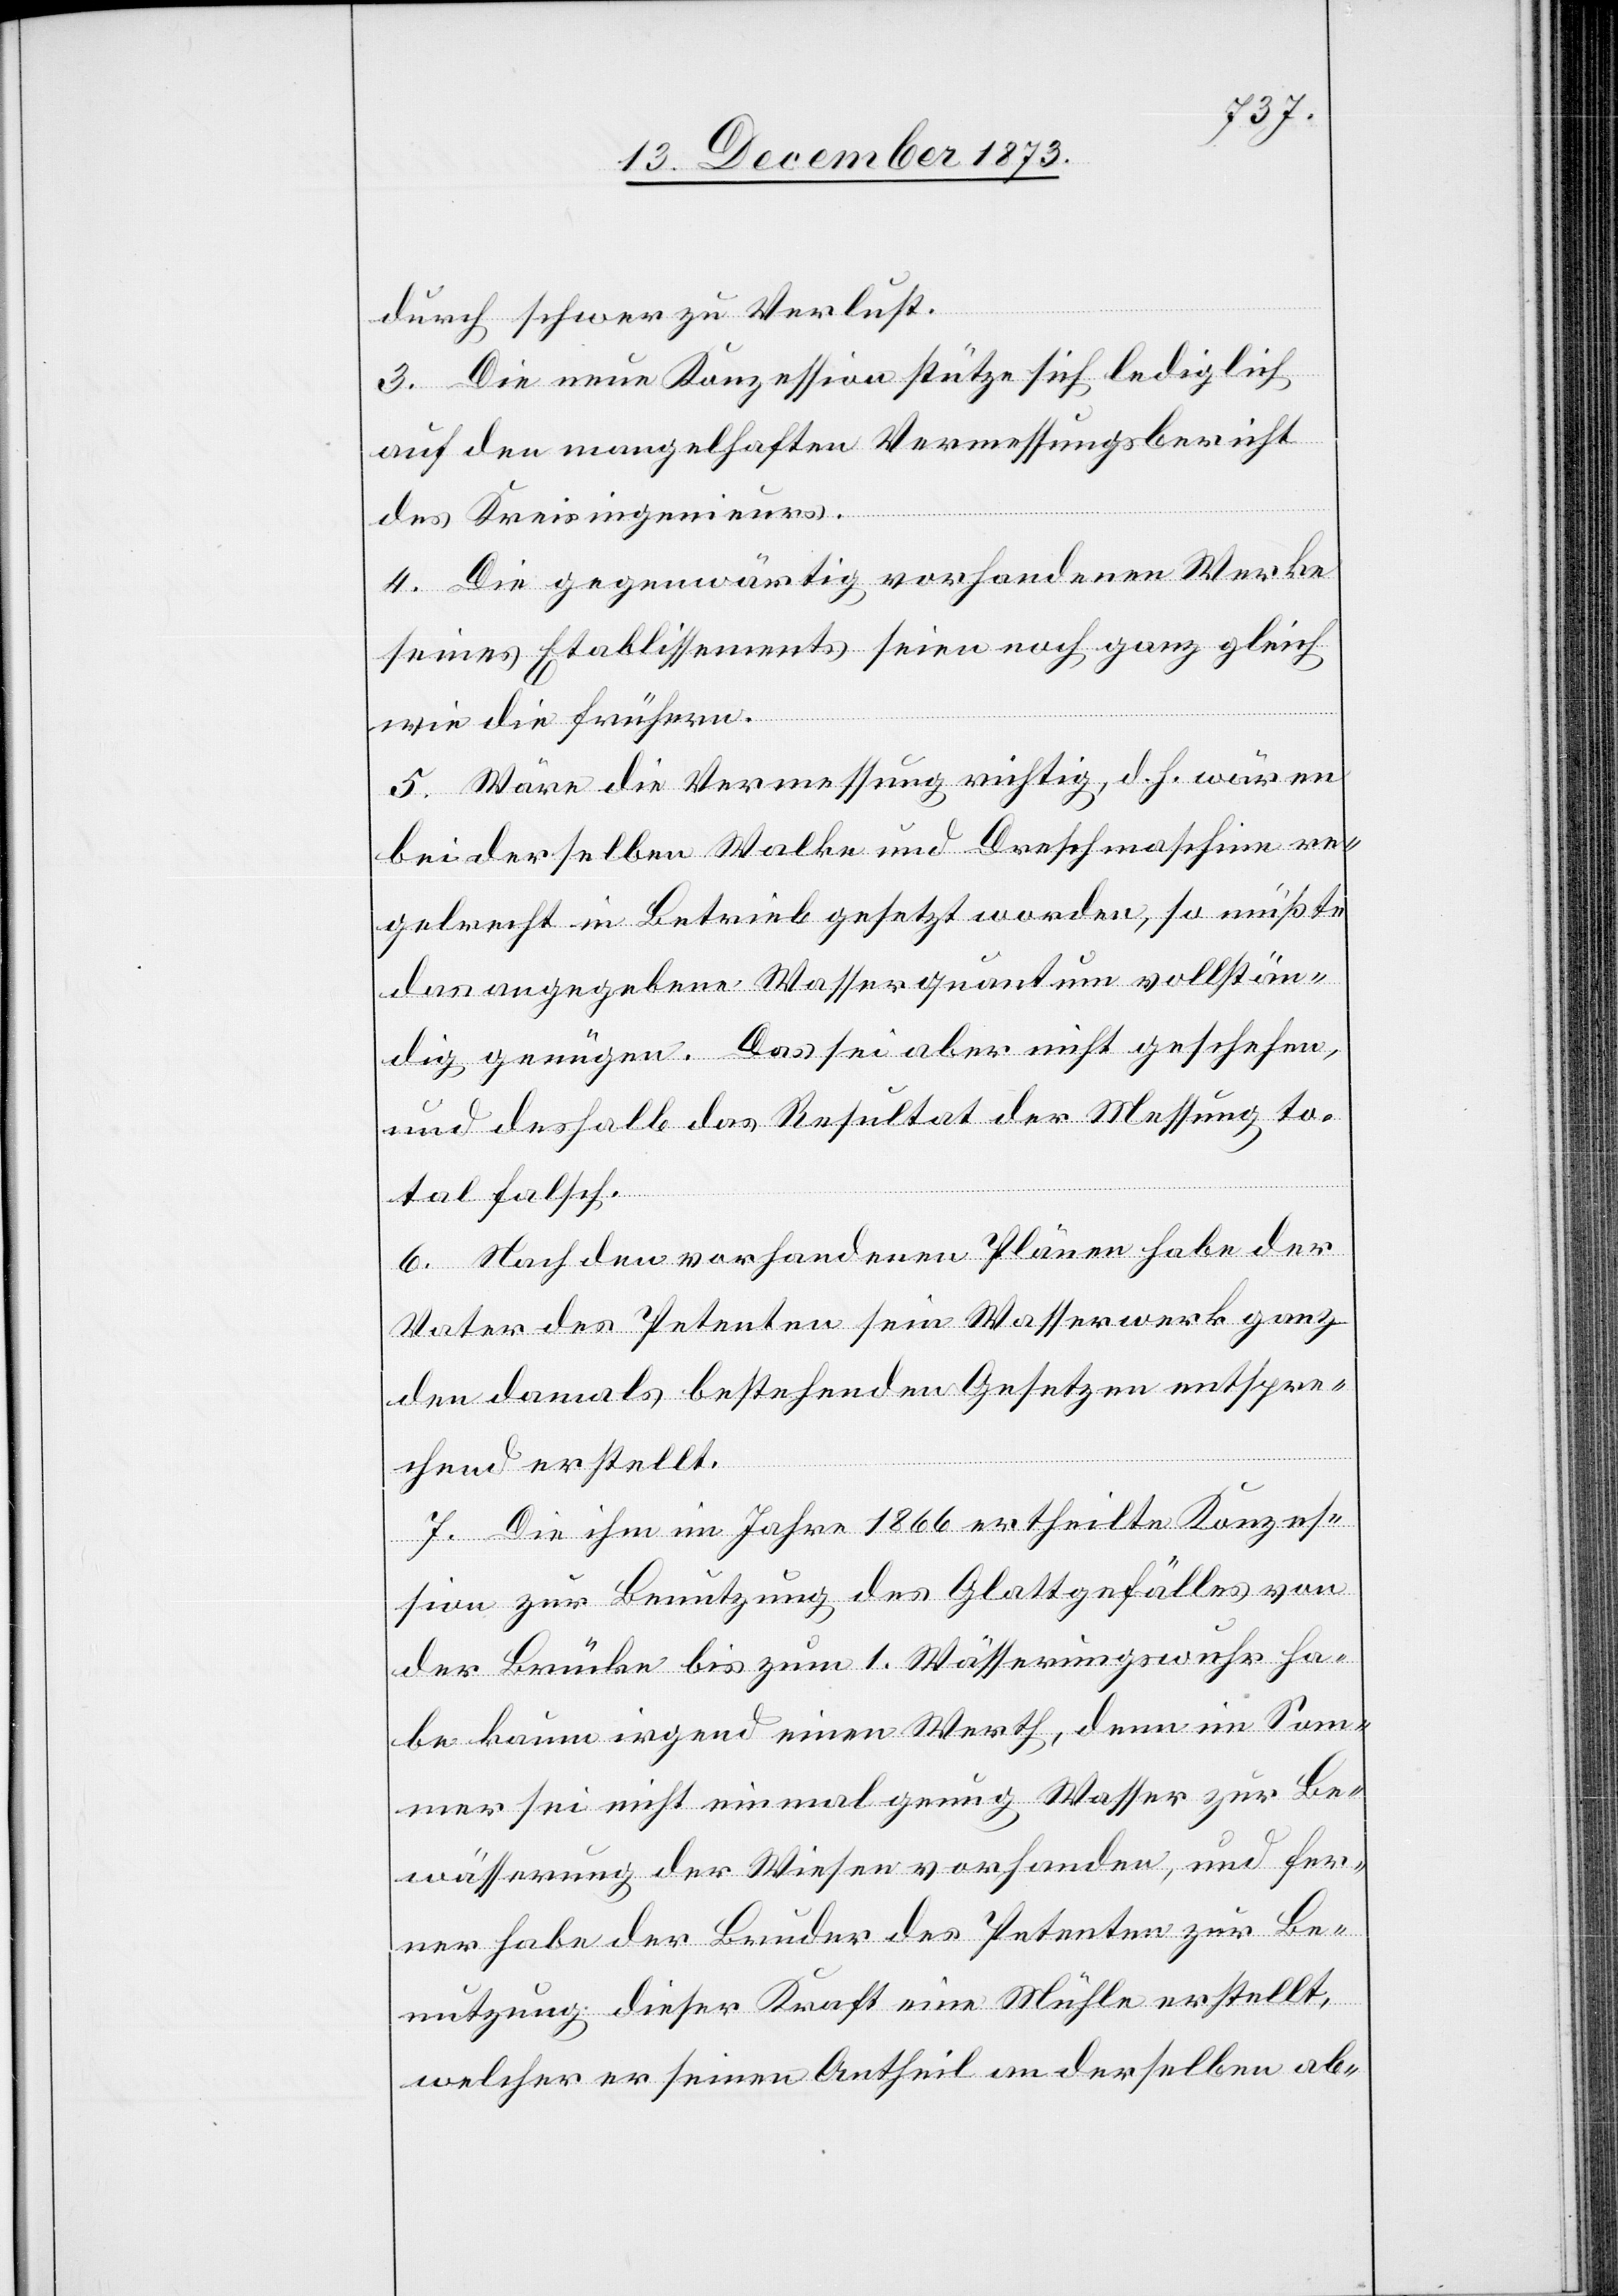
durch schwer zu Verlust.
3. Die neue Konzession stütze sich lediglich
auf den mangelhaften Vermessungsbericht
des Kreisingenieurs.
4. Die gegenwärtig vorhandenen Werke
seines Etablissements seien noch ganz gleich
wie die frühern.
5. Wäre die Vermessung richtig, d. h. wären
bei derselben Walke und Dreschmaschine re¬
gelrecht in Betrieb gesetzt worden, so müßte
das angegebene Wasserquantum vollstän¬
dig genügen. Das sei aber nicht geschehen,
und deshalb das Resultat der Messung to¬
tal falsch.
6. Nach den vorhandenen Plänen habe der
Vater des Petenten sein Wasserwerk ganz
den damals bestehenden Gesetzen entspre¬
chend erstellt.
7. Die ihm im Jahre 1866 ertheilte Konzes¬
sion zur Benutzung des Glattgefälles von
der Brücke bis zum 1. Wässerungswuhr ha¬
be kaum irgend einen Werth, denn im Som¬
mer sei nicht einmal genug Wasser zur Be¬
wässerung der Wiesen vorhanden, und fer¬
ner habe der Bruder des Petenten zur Be¬
nutzung dieser Kraft eine Mühle erstellt,
welcher er seinen Antheil an derselben ab-